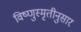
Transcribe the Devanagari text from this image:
विष्णुस्मृतीनुसार